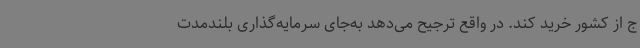
ج از کشور خرید کند. در واقع ترجیح می‌دهد به‌جای سرمایه‌گذاری بلندمدت